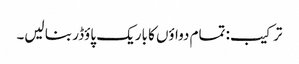
ترکیب: تمام دواؤں کا باریک پاؤڈر بنا لیں۔